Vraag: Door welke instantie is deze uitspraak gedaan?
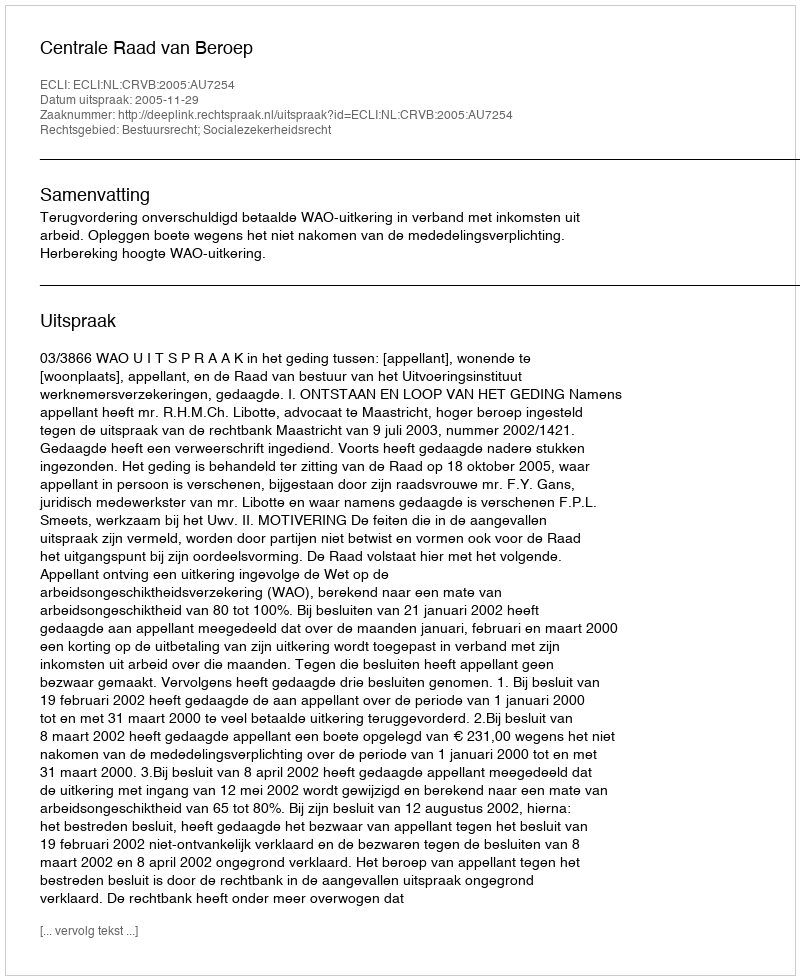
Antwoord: Centrale Raad van Beroep